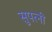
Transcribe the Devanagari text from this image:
सुपत्‍नी